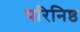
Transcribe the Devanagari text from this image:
परिनिष्ठ